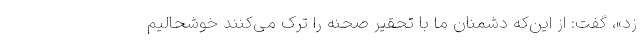
زد»، گفت: از این‌که دشمنان ما با تحقیر صحنه را ترک می‌کنند خوشحالیم